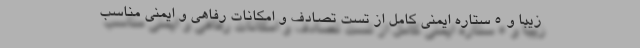
زیبا و 5 ستاره ایمنی کامل از تست تصادف و امکانات رفاهی و ایمنی مناسب